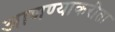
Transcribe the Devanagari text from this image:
आणण्याकरीता